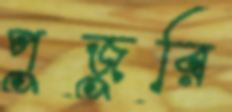
পুজুরি